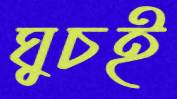
ঘুচই